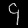
Digit: ၄